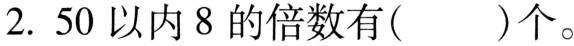
2.50以内8的倍数有()个。